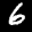
Label: 6